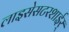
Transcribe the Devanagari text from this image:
लाइसेसटरशाईर्